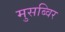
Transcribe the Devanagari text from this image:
मुसब्विर